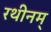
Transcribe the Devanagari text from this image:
रथीनम्